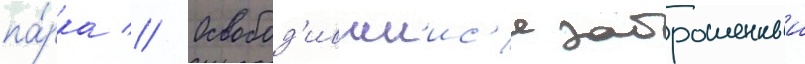
па́рка // Освобод'ившиис'я заброшенныи